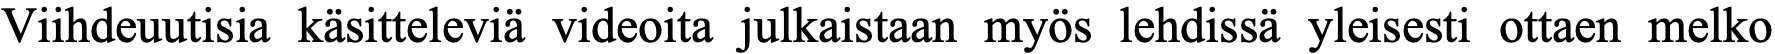
Viihdeuutisia käsitteleviä videoita julkaistaan myös lehdissä yleisesti ottaen melko